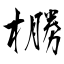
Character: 橳